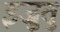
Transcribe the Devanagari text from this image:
इज़ुतु